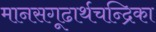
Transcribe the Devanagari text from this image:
मानसगूढार्थचन्द्रिका